Annual administration report of the Civil Veterinary Department of India - 1898-1899
Year: 1898
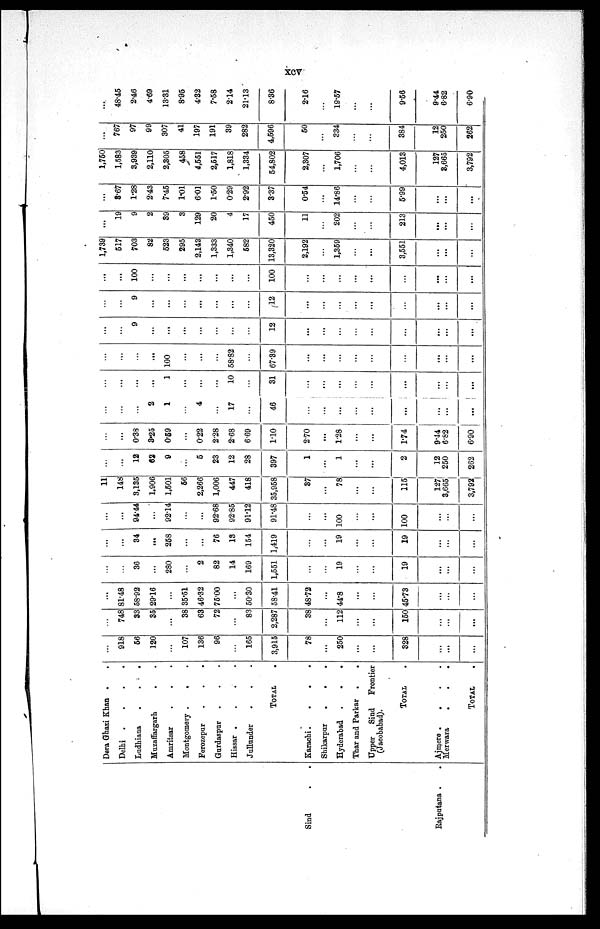
xcv
Sind . .
Rajputana . .
Dera Ghazi Khan . .
Delhi .
.
.
.
Ladhiana
.
.
.
Muzaffargarh
.
.
Amritsar . . .
Montgomery .
.
.
Ferozepur
.
. .
Gurdaspar
.
.
.
Hissar .
.
.
.
Jullunder
.
. .
TOTAL .
Karachi .
.
.
.
Shikarpur
.
.
.
Hyderabad .
.
.
Thar and Parkar .
.
Upper
Sind
Frontier
(Jacobabad).
TOTAL .
Ajmere .
.
.
.
Merwara
.
.
.
TOTAL
.
...
918
56
120
107
136
96
...
165
3,915
78
...
250
...
328
...
...
...
...
748
33
35
...
38
63
72
...
83
2,287
38
...
112
...
...
150
...
...
...
...
81.48
58.92
29.16
...
35.51
46.32
75.00
...
50.30
58.41
48.72
...
44.8
...
...
45.73
...
...
...
...
...
36
...
280
...
2
82
14
169
1,551
...
...
19
...
...
19
...
...
...
...
...
34
....
258
...
...
76
18
154
1,419
...
...
19
...
...
19
...
...
...
...
...
94.44
...
92.14
...
...
92.68
92.85
91.12
91.48
...
...
100
...
...
100
...
...
...
11
148
3,135
1,906
1,501
66
2,266
1,006
447
418
35,958
37
...
78
...
...
115
127
3,665
3,792
...
...
12
62
9
...
5
23
12
28
397
1
...
1
...
...
2
12
250
262
...
...
0.38
3.25
0.59
...
0.22
2.28
2.68
6.69
1.10
2.70
...
1.28
...
...
1.74
9.44
6.82
6.90
...
...
...
2
1
...
4
...
17
...
46
...
...
...
...
...
...
...
...
...
...
...
...
...
1
...
...
...
10
...
31
...
...
...
...
...
...
...
...
...
...
...
...
...
100
...
...
...
58.82
...
67.39
...
...
...
...
...
...
...
...
...
...
...
9
...
...
...
...
...
...
...
12
...
...
...
...
...
...
...
...
...
...
...
9
...
...
...
...
...
...
...
12
...
...
...
...
...
...
...
...
...
...
...
100
...
...
...
...
...
...
...
100
...
...
...
...
...
...
...
...
...
1,739
517
703
82
523
295
2,143
1,333
1,340
582
13,320
2,192
...
1,359
...
...
3,551
...
...
...
...
19
9
2
89
3
129
20
4
17
450
11
...
202
...
...
213
...
...
...
...
8.67
1.28
2.43
7.45
1.01
6.01
1.50
0.29
2.92
3.37
0.54
...
14.86
...
...
5.99
...
...
...
1,750
1,583
3,939
2,110
2,305
458
4,551
2,517
1,818
1,334
54,802
2,307
...
1,706
...
...
4,013
127
3,665
3,792
...
767
97
99
307
41
197
191
39
282
4,596
50
...
334
...
...
384
12
250
262
...
48.45
2.46
4.69
13.31
8.95
4.32
7.58
2.14
21.13
8.36
2.16
...
19.57
...
...
9.56
9.44
6.82
6.90